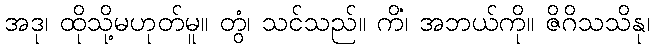
အဒု၊ ထိုသို့မဟုတ်မူ။ တွံ၊ သင်သည်။ ကိံ၊ အဘယ်ကို။ ဇိဂိသသိနု၊